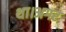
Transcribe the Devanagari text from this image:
था।अगर